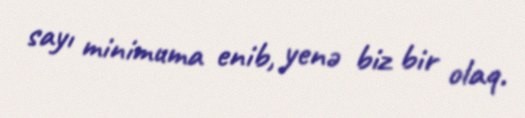
sayı minimuma enib, yenə biz bir olaq.